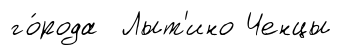
го́рода Лыт'ино Ченцы